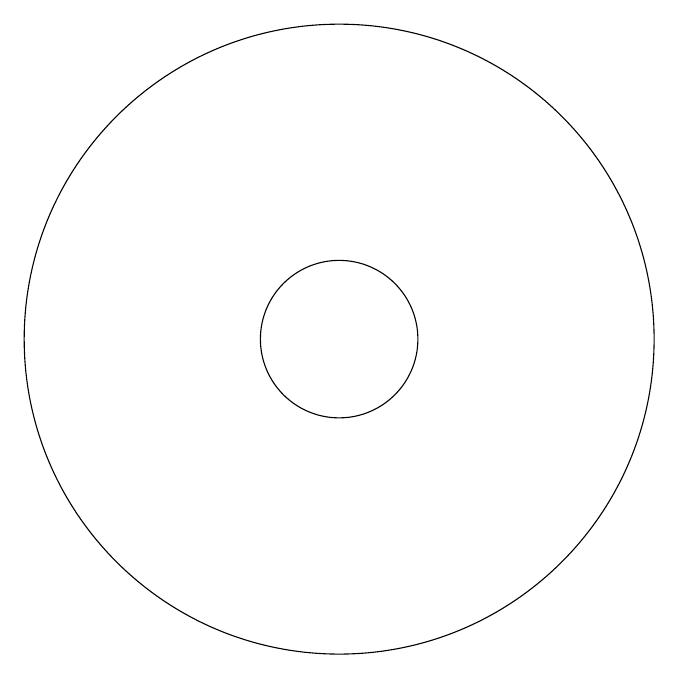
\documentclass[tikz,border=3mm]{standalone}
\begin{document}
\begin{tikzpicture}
\draw (12,11) circle (0);
\draw (11,11) circle (1);
\draw (11,11) circle (4);
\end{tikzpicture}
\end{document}